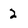
Character: 2